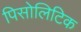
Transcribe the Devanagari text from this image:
पिसोलिटिक